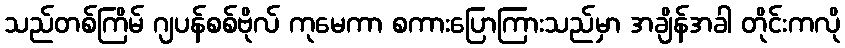
သည်တစ်ကြိမ် ဂျပန်စစ်ဗိုလ် ကုမေကာ စကားပြောကြားသည်မှာ အချိန်အခါ တိုင်းကလို